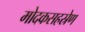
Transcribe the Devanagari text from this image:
मोदकसहस्रेण